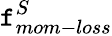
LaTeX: \mathtt{f}_{mom-loss}^{S}